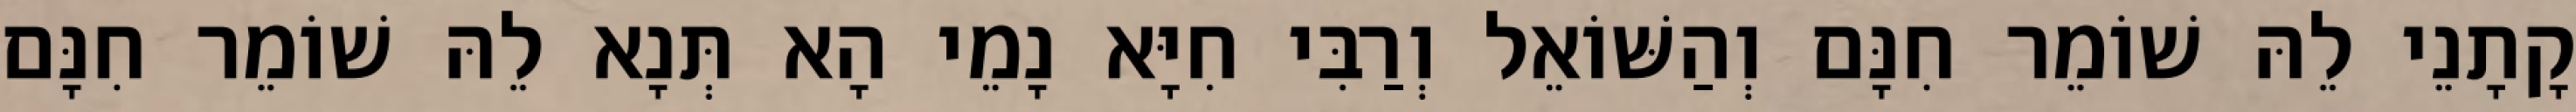
קָתָנֵי לֵהּ שׁוֹמֵר חִנָּם וְהַשּׁוֹאֵל וְרַבִּי חִיָּא נָמֵי הָא תְּנָא לֵהּ שׁוֹמֵר חִנָּם